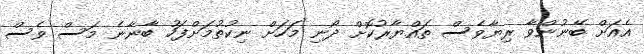
އެއަށް ބޭނުންވާ ރިޔާވެސް ތައްޔާރުކޮށް ދޯނި މަހަށް ނިކުތުމަށްފަހު ބާނާނެ މަސް ވެސް